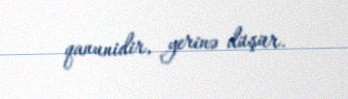
qanunidir, yerinə düşür.